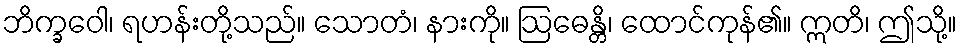
ဘိက္ခဝေါ၊ ရဟန်းတို့သည်။ သောတံ၊ နားကို။ ဩဓေန္တိ၊ ထောင်ကုန်၏။ ဣတိ၊ ဤသို့။